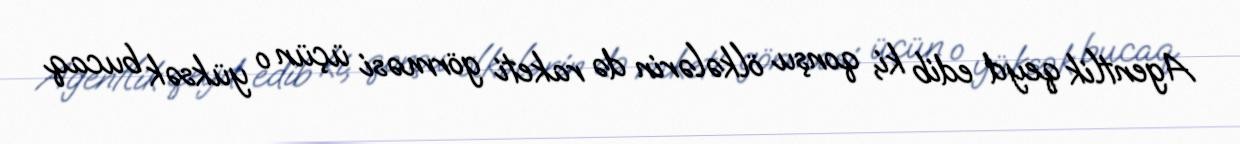
Agentlik qeyd edib ki, qonşu ölkələrin də raketi görməsi üçün o yüksək bucaq